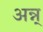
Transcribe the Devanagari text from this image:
अन्न्